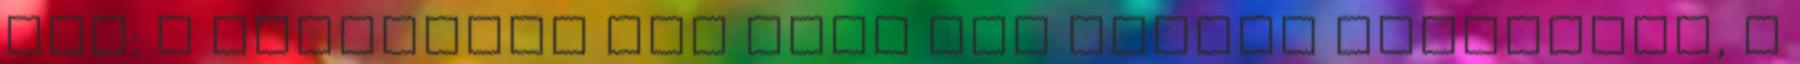
fel: a rézcsövek ára évek óta erősen ingadozik, s